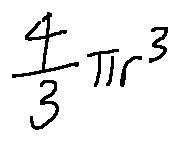
\frac { 4 } { 3 } \pi r ^ { 3 }